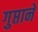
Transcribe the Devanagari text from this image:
गुप्ताने